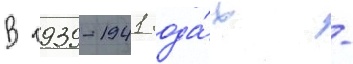
В 1939-1941 года́х -